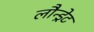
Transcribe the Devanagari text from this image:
लौन्ड्रेट